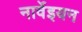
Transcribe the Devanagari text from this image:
नार्वेइयन